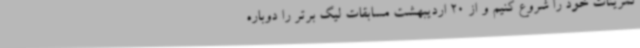
تمرینات خود را شروع کنیم و از 20 اردیبهشت مسابقات لیگ برتر را دوباره